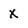
Character: X